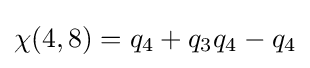
\chi (4,8)=q_{4}+q_{3}q_{4}-q_{4}